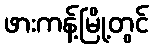
ဖားကန့်မြို့တွင်